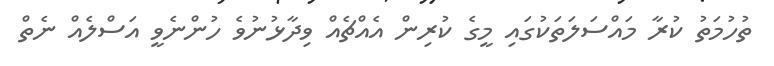
ތުހުމަތު ކުރާ މައްސަލަތަކުގައި މީގެ ކުރިން އެއްޗެއް ވިދާޅުނުވެ ހުންނެވީ އަސްލެއް ނެތް